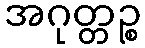
အဂုတ္တဉ္စ